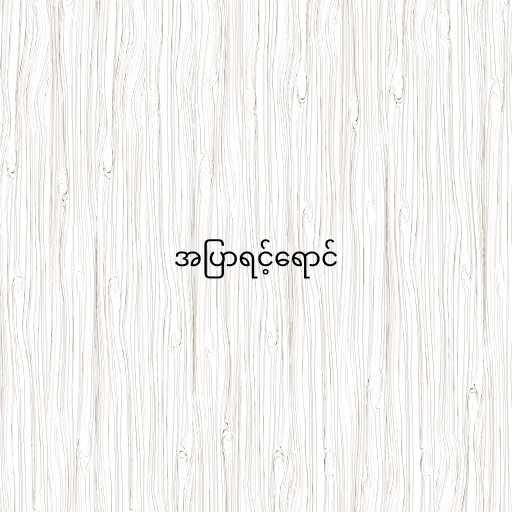
အပြာရင့်ရောင်